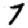
Digit: 7